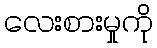
လေးစားမှုကို